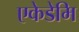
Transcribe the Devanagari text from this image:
एकेडेमि